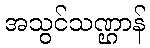
အသွင်သဏ္ဌာန်